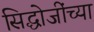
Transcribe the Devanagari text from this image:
सिद्धोजींच्या